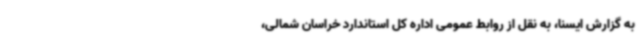
به گزارش ایسنا، به نقل از روابط عمومی اداره کل استاندارد خراسان شمالی،